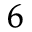
^ 6